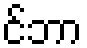
င်ဘာ